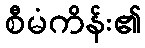
စီမံကိန်း၏